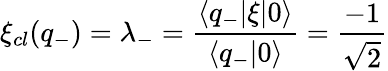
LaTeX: \xi_{cl}(q_{-})=\lambda_{-}=\frac{\langle q_{-}|\xi|0\rangle}{\langle q_{-}|0\rangle}=\frac{-1}{\sqrt{2}}